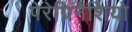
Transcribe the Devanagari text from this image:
पेरेग्रिनेशियो